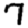
Digit: 7